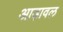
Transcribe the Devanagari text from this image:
आड़ावल